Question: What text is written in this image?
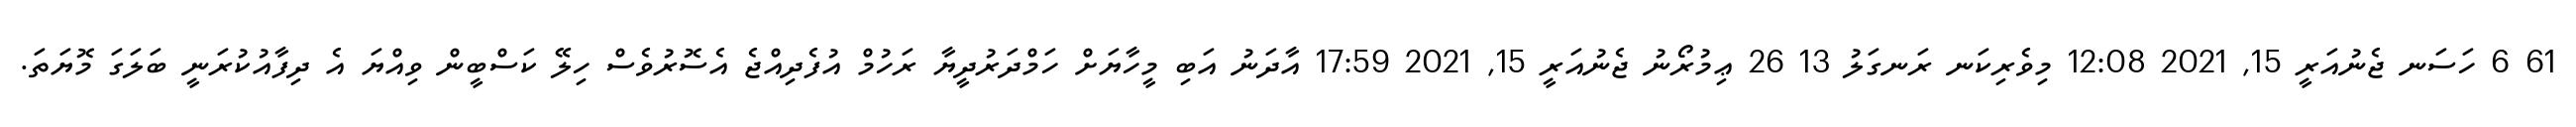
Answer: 61 6 ހަސަނ ޖެނުއަރީ 15, 2021 12:08 މިވެރިކަނ ރަނގަލު 13 26 ޢިމުރޯނު ޖެނުއަރީ 15, 2021 17:59 އާދަނު އަބި މީހާޔަށް ހަމްދަރުދީޔާ ރަހުމް އުފެދިއްޖެ އެސޮރުވެސް ހިލޭ ކަސްބީން ވިއްޔަ އެ ދިފާއުކުރަނީ ބަލަގަ މޮޔަތަ.